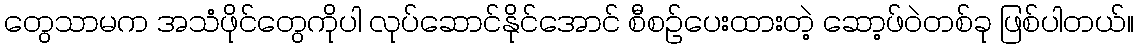
တွေသာမက အသံဖိုင်တွေကိုပါ လုပ်ဆောင်နိုင်အောင် စီစဉ်ပေးထားတဲ့ ဆော့ဖ်ဝဲတစ်ခု ဖြစ်ပါတယ်။